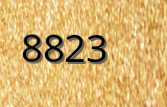
8823